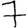
Digit: 7